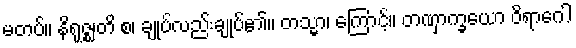
မတပ်။ နိရုဇ္ဈတိ စ၊ ချုပ်လည်းချုပ်၏။ တသ္မာ၊ ကြောင့်။ တဏှာက္ခယော ဝိရာဂေါ